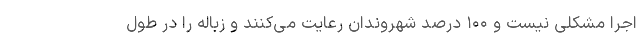
اجرا مشکلی نیست و ۱۰۰ درصد شهروندان رعایت می‌کنند و زباله را در طول